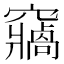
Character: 𥨷